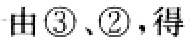
由 \textcircled{3}、\textcircled{2}，得